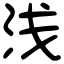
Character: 浅